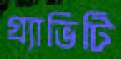
গ্র্যাভিটি